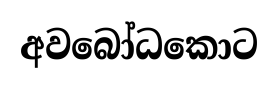
අවබෝධකොට